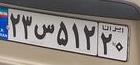
۲۳س۵۱۲۲۰